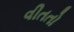
વીતતો